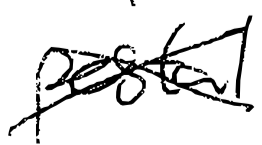
Text: postal
Cross-out: cross
Writing tool: digital_black